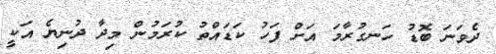
ދެވަނަ ބޮޑު ހަނގުރާމަ އަށް ފަހު ކަޑައްތު ކުރަމުން މިދާ ދުނިޔެ އަކީ